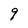
Character: 9